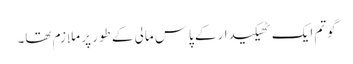
گوتم ایک ٹھیکیدار کے پاس مالی کے طور پر ملازم تھا۔